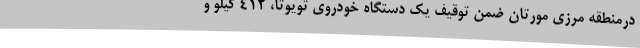
درمنطقه مرزی مورتان ضمن توقیف یک دستگاه خودروی تویوتا، 412 کیلو و